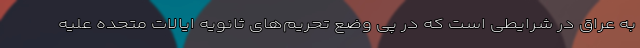
به عراق در شرایطی است که در پی وضع تحریم‌های ثانویه ایالات متحده علیه